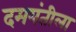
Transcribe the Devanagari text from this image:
दमयंतीला